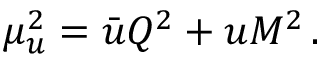
\mu _ { u } ^ { 2 } = \bar { u } Q ^ { 2 } + u M ^ { 2 } \, .